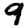
Digit: 9